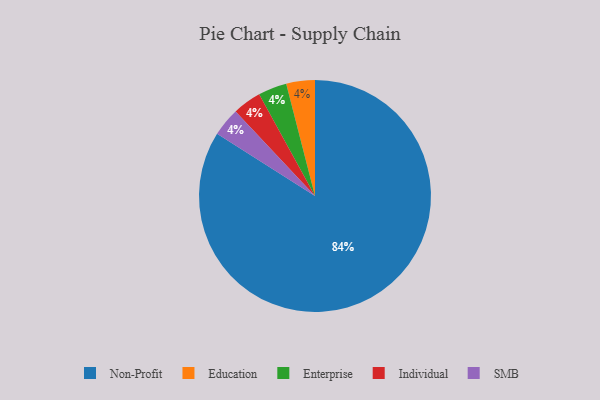
{"axis": {"x": "Category", "y": "Percentage"}, "legend": ["Education", "Enterprise", "Individual", "Non-Profit", "SMB"], "data": [{"x": "Education", "y": 4, "type": "Education"}, {"x": "Enterprise", "y": 4, "type": "Enterprise"}, {"x": "Non-Profit", "y": 84, "type": "Non-Profit"}, {"x": "Individual", "y": 4, "type": "Individual"}, {"x": "SMB", "y": 4, "type": "SMB"}]}